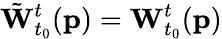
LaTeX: \tilde{\mathbf{W}}_{t_{0}}^{t}(\mathbf{p})=\mathbf{W}_{t_{0}}^{t}(\mathbf{p})